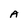
Character: A